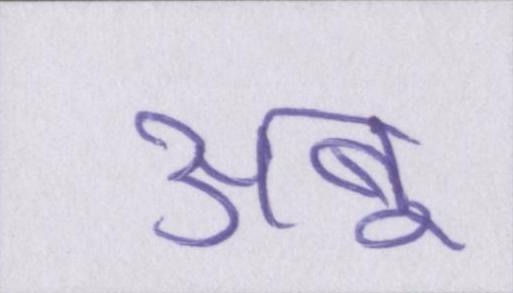
अबू